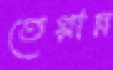
তেপ্পান্ন